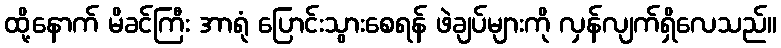
ထို့နောက် မိခင်ကြီး အာရုံ ပြောင်းသွားစေရန် ဖဲချပ်များကို လှန်လျက်ရှိလေသည်။